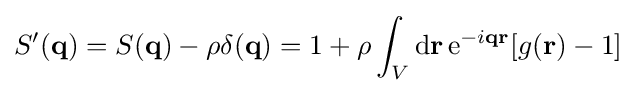
S'(\mathbf {q} )=S(\mathbf {q} )-\rho \delta (\mathbf {q} )=1+\rho \int _{V}\mathrm {d} \mathbf {r} \,\mathrm {e} ^{-i\mathbf {q} \mathbf {r} }[g(\mathbf {r} )-1]